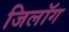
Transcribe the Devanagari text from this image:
जिलॉग